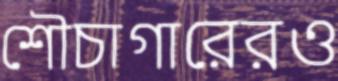
শৌচাগারেরও